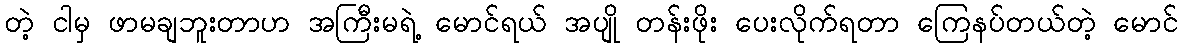
တဲ့ ငါမှ ဖာမချဘူးတာဟ အကြီးမရဲ့ မောင်ရယ် အပျို တန်းဖိုး ပေးလိုက်ရတာ ကြေနပ်တယ်တဲ့ မောင်